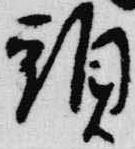
頭